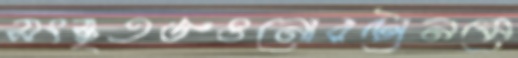
সংস্কৃতজ্ঞওনোরটোনমে